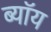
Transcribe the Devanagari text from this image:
ब्यॉय